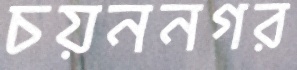
চয়ননগর